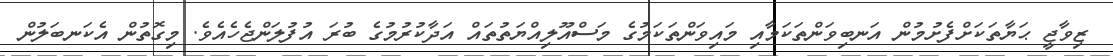
ޒިވާޖީ ޙަޔާތަކަށްފެށުމުން އަނބިވަންތަކަމާއި މައިވަންތަކަމުގެ މަސްއޫލިއްޔަތުތައް އަދާކުރުމުގެ ބުރަ އުފުލަންޖެހެއެވެ. މިގޮތުން އެކަނބަލުން